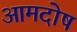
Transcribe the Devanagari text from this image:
आमदोष